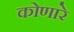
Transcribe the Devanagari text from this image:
कोणारे